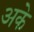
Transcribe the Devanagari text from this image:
अके